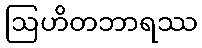
ဩဟိတဘာရဿ